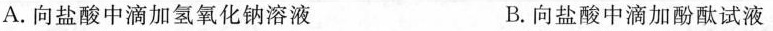
A. 向盐酸中滴加氢氧化钠溶液 B. 向盐酸中滴加酚酞试液